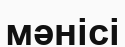
мәнісі